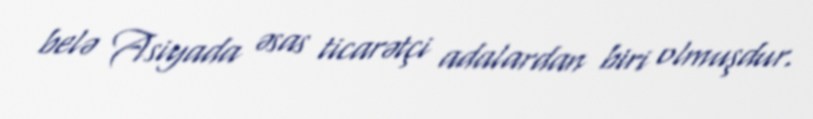
belə Asiyada əsas ticarətçi adalardan biri olmuşdur.